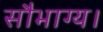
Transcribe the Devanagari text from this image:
सौभाग्य।